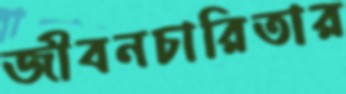
জীবনচারিতার